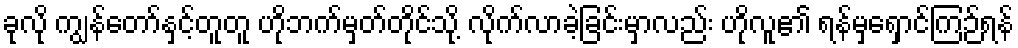
ခုလို ကျွန်တော်နှင့်တူတူ ဟိုဘက်မှတ်တိုင်သို့ လိုက်လာခဲ့ခြင်းမှာလည်း ဟိုလူ၏ ရန်မှရှောင်ကြဉ်ရန်